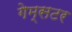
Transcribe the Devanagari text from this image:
गेम्सटर